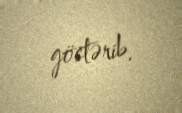
göstərib.